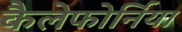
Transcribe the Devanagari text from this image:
कैलेफोर्निया